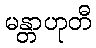
မန္တာဟုတီ